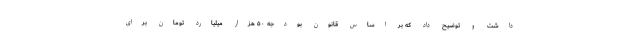
داشت و توضیح داد که بر اساس قانون بودجه ۵۰ هزار میلیارد تومان برای